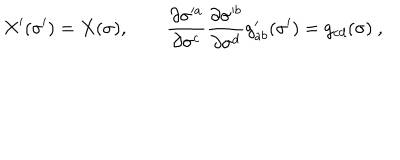
X ^ { \prime } ( \sigma ^ { \prime } ) = X ( \sigma ) , \qquad \frac { \partial \sigma ^ { a } } { \partial \sigma ^ { c } } \frac { \partial \sigma ^ { b } } { \partial \sigma ^ { d } } g _ { a b } ^ { \prime } ( \sigma ^ { \prime } ) = g _ { c d } ( \sigma ) \ ,